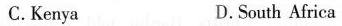
C.Kenya D.South Africa